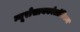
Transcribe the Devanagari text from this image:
न्यूरोसायकोलॉजिकल